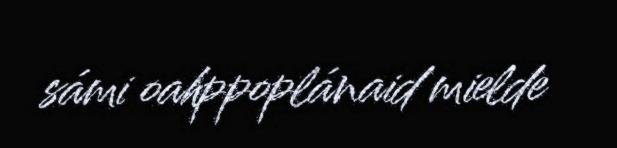
sámi oahppoplánaid mielde